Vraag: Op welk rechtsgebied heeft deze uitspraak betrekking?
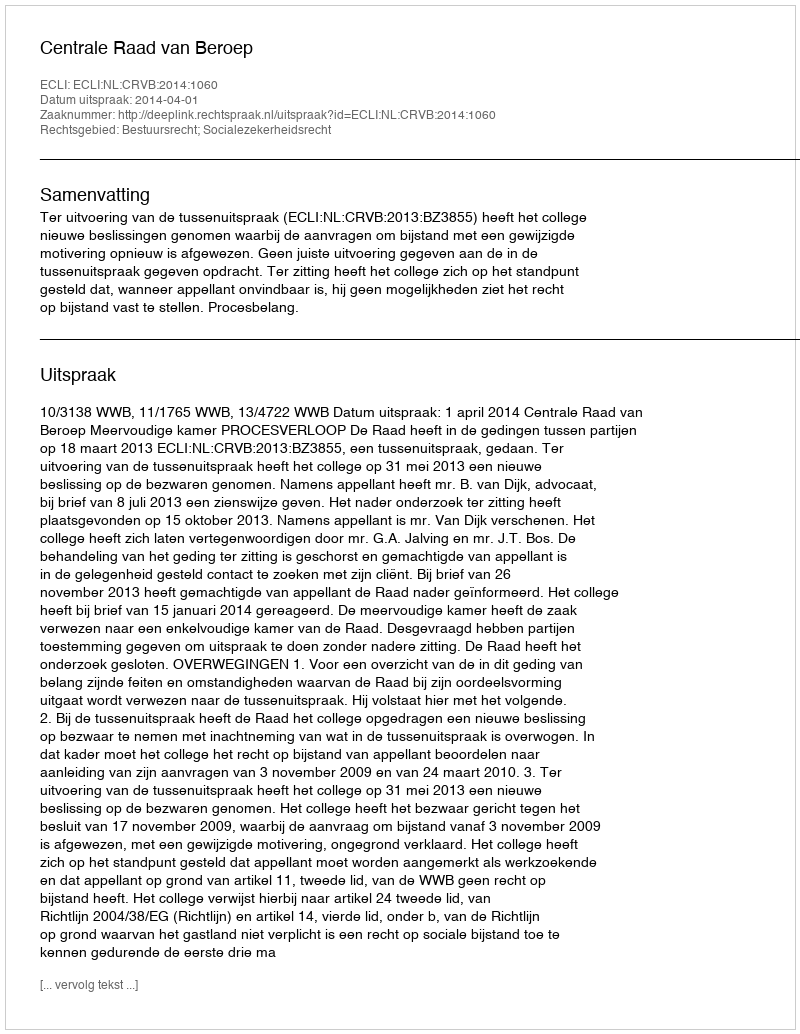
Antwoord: Bestuursrecht; Socialezekerheidsrecht